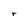
Character: r